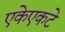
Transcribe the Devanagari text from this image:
एकेएकटे